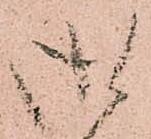
御